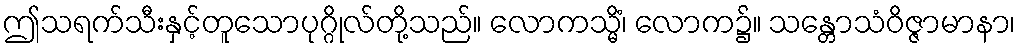
ဤသရက်သီးနှင့်တူသောပုဂ္ဂိုလ်တို့သည်။ လောကသ္မိံ၊ လောက၌။ သန္တောသံဝိဇ္ဇာမာနာ၊